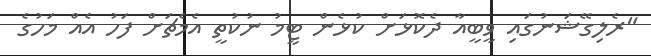
"ރެލިގޭޝަނުގައި ވީބީއާ ދެކޮޅަށް ކުޅެން ޓީމު ނުކުތީ އެމެޗަށް ފަހު އެއް މަހުގެ